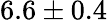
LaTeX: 6.6\pm 0.4